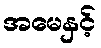
အမေနှင့်